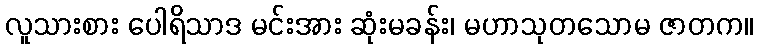
လူသားစား ပေါရိသာဒ မင်းအား ဆုံးမခန်း၊ မဟာသုတသောမ ဇာတက။